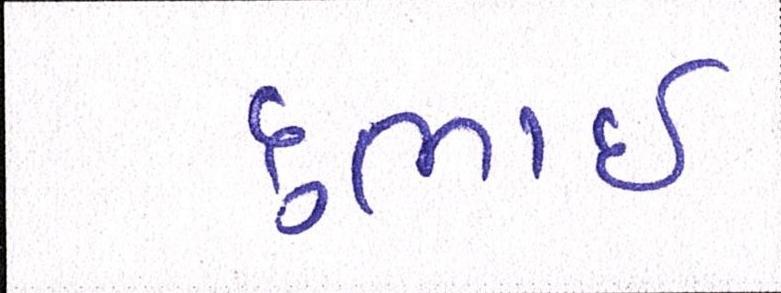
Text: દુભાઇ